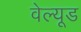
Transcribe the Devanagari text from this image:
वेल्यूड